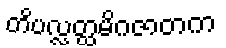
တိပလ္လတ္ထမိဂဇာတက